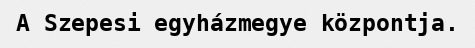
A Szepesi egyházmegye központja.